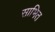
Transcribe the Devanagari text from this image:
साभित